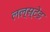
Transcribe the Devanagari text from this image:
लल्स्टेड